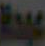
عبدة